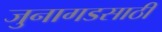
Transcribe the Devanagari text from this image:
जुनागडसाठी